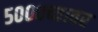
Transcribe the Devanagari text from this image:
५०००च्यावर